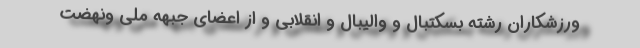
ورزشکاران رشته بسکتبال و والیبال و انقلابی و از اعضای جبهه ملی ونهضت